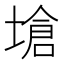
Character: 𪤇